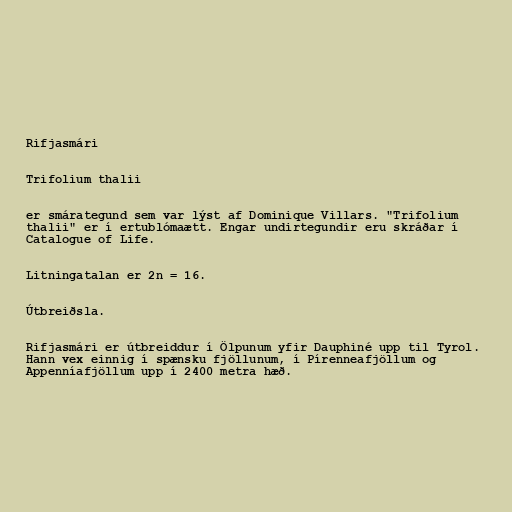
Rifjasmári

Trifolium thalii

er smárategund sem var lýst af Dominique Villars. "Trifolium
thalii" er í ertublómaætt. Engar undirtegundir eru skráðar í
Catalogue of Life.

Litningatalan er 2n = 16.

Útbreiðsla.

Rifjasmári er útbreiddur í Ölpunum yfir Dauphiné upp til Tyrol.
Hann vex einnig í spænsku fjöllunum, í Pírenneafjöllum og
Appenníafjöllum upp í 2400 metra hæð.